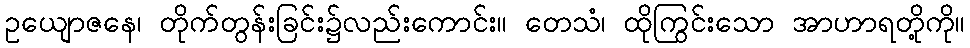
ဥယျောဇနေ၊ တိုက်တွန်းခြင်း၌လည်းကောင်း။ တေသံ၊ ထိုကြွင်းသော အာဟာရတို့ကို။